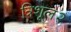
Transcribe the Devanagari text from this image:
त्रिशूल२